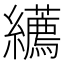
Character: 𦇩